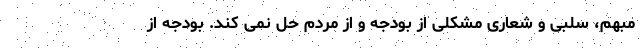
مبهم، سلبی و شعاری مشکلی از بودجه و از مردم حل نمی کند. بودجه از